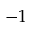
- 1